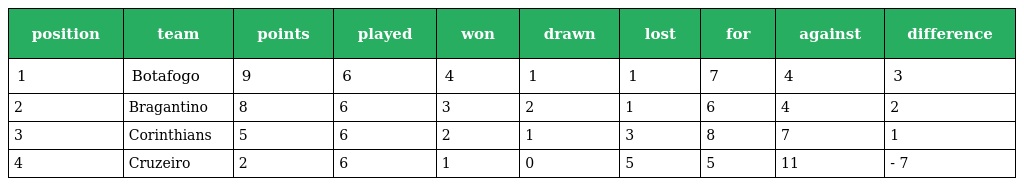
| position | team | points | played | won | drawn | lost | for | against | difference |
 | --- | --- | --- | --- | --- | --- | --- | --- | --- | --- |
 | 1 | Botafogo | 9 | 6 | 4 | 1 | 1 | 7 | 4 | 3 |
 | 2 | Bragantino | 8 | 6 | 3 | 2 | 1 | 6 | 4 | 2 |
 | 3 | Corinthians | 5 | 6 | 2 | 1 | 3 | 8 | 7 | 1 |
 | 4 | Cruzeiro | 2 | 6 | 1 | 0 | 5 | 5 | 11 | - 7 |